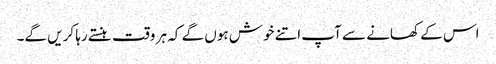
اس کے کھانے سے آپ اتنے خوش ہوں گے کہ ہر وقت ہنستے رہا کریں گے۔